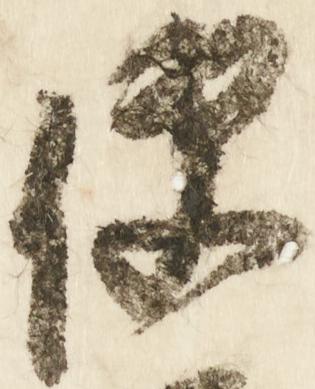
便